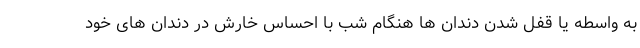
به واسطه یا قفل شدن دندان ها هنگام شب با احساس خارش در دندان های خود